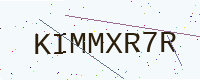
Text: KIMMXR7R